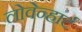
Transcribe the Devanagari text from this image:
लोवेन्हार्ट